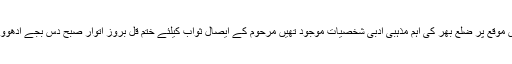
مرحوم کی نماز جنازہ ممتاز عالم دین علامہ اطہر نقوی نے پڑھائی اس موقع پر ضلع بھر کی اہم مذہبی ادبی شخصیات موجود تھیں مرحوم کے ایصال ثواب کیلئے ختم قل بروز اتوار صبح دس بجے ادھووال میں پڑھا جائے گا دوست احباب سے شرکت کی اپیل کی جاتی ہے ۔